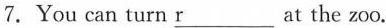
7.You can turn \underline{r} at the zoo.